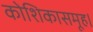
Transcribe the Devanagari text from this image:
कोशिकासमूह।